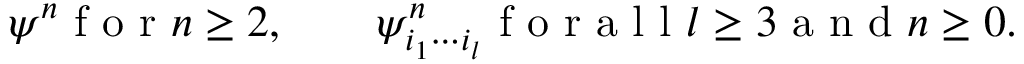
\psi ^ { n } \mathrm { ~ f ~ o ~ r ~ } n \geq 2 , \qquad \psi _ { i _ { 1 } \cdots i _ { l } } ^ { n } \mathrm { ~ f ~ o ~ r ~ a ~ l ~ l ~ } l \geq 3 \mathrm { ~ a ~ n ~ d ~ } n \geq 0 .